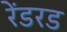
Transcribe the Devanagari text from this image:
रेंडरड